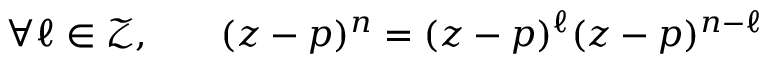
\begin{array} { r l r } { \forall \ell \in \mathcal { Z } , } & { { } } & { ( z - p ) ^ { n } = ( z - p ) ^ { \ell } ( z - p ) ^ { n - \ell } } \end{array}